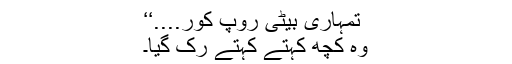
تمہاری بیٹی روپ کور....‘‘
وہ کچھ کہتے کہتے رُک گیا۔